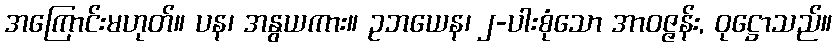
အကြောင်းမဟုတ်။ ပန၊ အနွယကား။ ဥဘယေန၊ ၂-ပါးစုံသော အာဝဇ္ဇန်း, ဝုဋ္ဌောသည်။